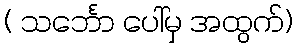
( သင်္ဘော ပေါ်မှ အထွက်)